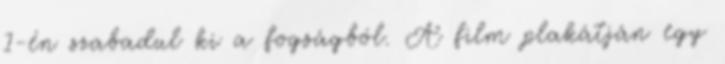
1-én szabadul ki a fogságból. A film plakátján egy